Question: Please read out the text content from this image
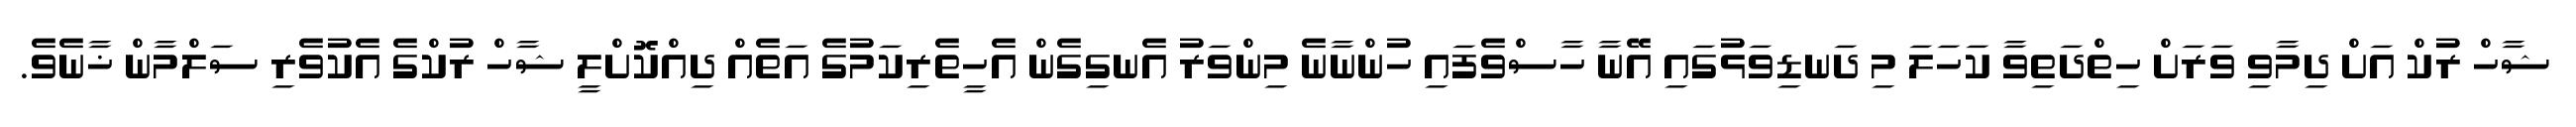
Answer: ޝާހް ރުކް އަށް ދިމާވި ވަރަށް ހިތްދަތިވާ ކަހަލަ މި ދަނޑިވަޅުގައި އޭނާ ހާސްވެފައި ހުންނާނެ މިންވަރު އެނގިގެން އެހީތެރިކަމުގެ އަތެއް ދިއްކޮށްލީ ޝާހް ރުކްގެ އެކުވެރި ސަލްމާން ޚާނެވެ.